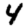
Digit: 4